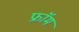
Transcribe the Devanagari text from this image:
फ्राॅम